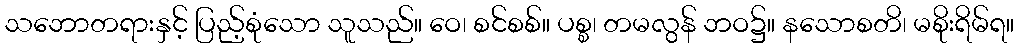
သဘောတရားနှင့် ပြည့်စုံသော သူသည်။ ဝေ၊ စင်စစ်။ ပစ္စ၊ တမလွန် ဘဝ၌။ နသောစတိ၊ မစိုးရိမ်ရ။